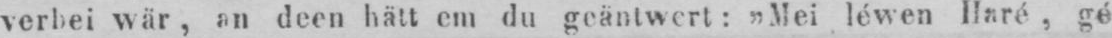
verbei wär, an deen hätt em du geäntwert: „Mei léwen Haré, gé